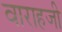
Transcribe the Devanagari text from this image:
वाराहजी